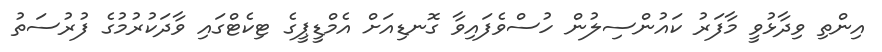
އިންތި ވިދާޅުވީ މާފަރު ކައުންސިލުން ހުސްވެފައިވާ ގޮނޑިއަށް އެމްޑީޕީގެ ޓިކެޓްގައި ވާދަކުރުމުގެ ފުރުސަތު